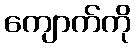
ကျောက်ကို